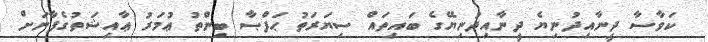
ކަވާސާ ދީނާއިދުނިޔެ ދީނާއިދުނިޔޭގެ ބައިތައް ސިޔަރަތު ޙަފްޞާ ބިންތު ޢުމަރު ޢާއިޝަތުގެފާނަށް